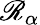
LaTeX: \mathscr{R}_{\alpha}